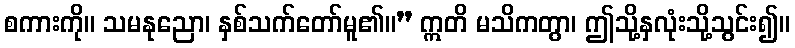
စကားကို။ သမနုညော၊ နှစ်သက်တော်မူ၏။” ဣတိ မသိကတွာ၊ ဤသို့နှလုံးသို့သွင်း၍။